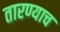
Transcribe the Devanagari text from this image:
तारण्याच